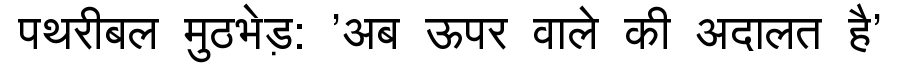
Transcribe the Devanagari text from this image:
पथरीबल मुठभेड़: 'अब ऊपर वाले की अदालत है'